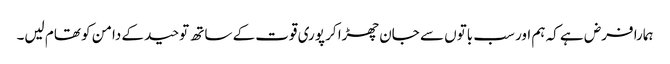
ہمارا فرض ہے کہ ہم اور سب باتوں سے جان چھڑا کر پوری قوت کے ساتھ توحید کے دامن کو تھام لیں۔